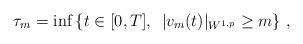
LaTeX: \begin{align*}\tau_m=\inf\left\{t\in[0,T],\enskip |v_m(t)|_{W^{1,p}}\geq m\right\}\, ,\end{align*}